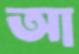
আ